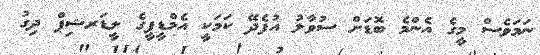
ނަމަވެސް މީގެ އެންމެ ބޮޑަށް ސުވާލު އުފެދޭ ކަމަކީ އެމްޑީޕީގެ ލީޑަރޝިޕް ދިގު